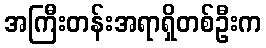
အကြီးတန်းအရာရှိတစ်ဦးက